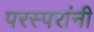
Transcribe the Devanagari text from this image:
परस्परांनी